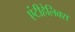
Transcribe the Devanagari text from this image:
एंटीहेलिक्स